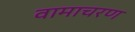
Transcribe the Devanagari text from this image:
वामाचरण